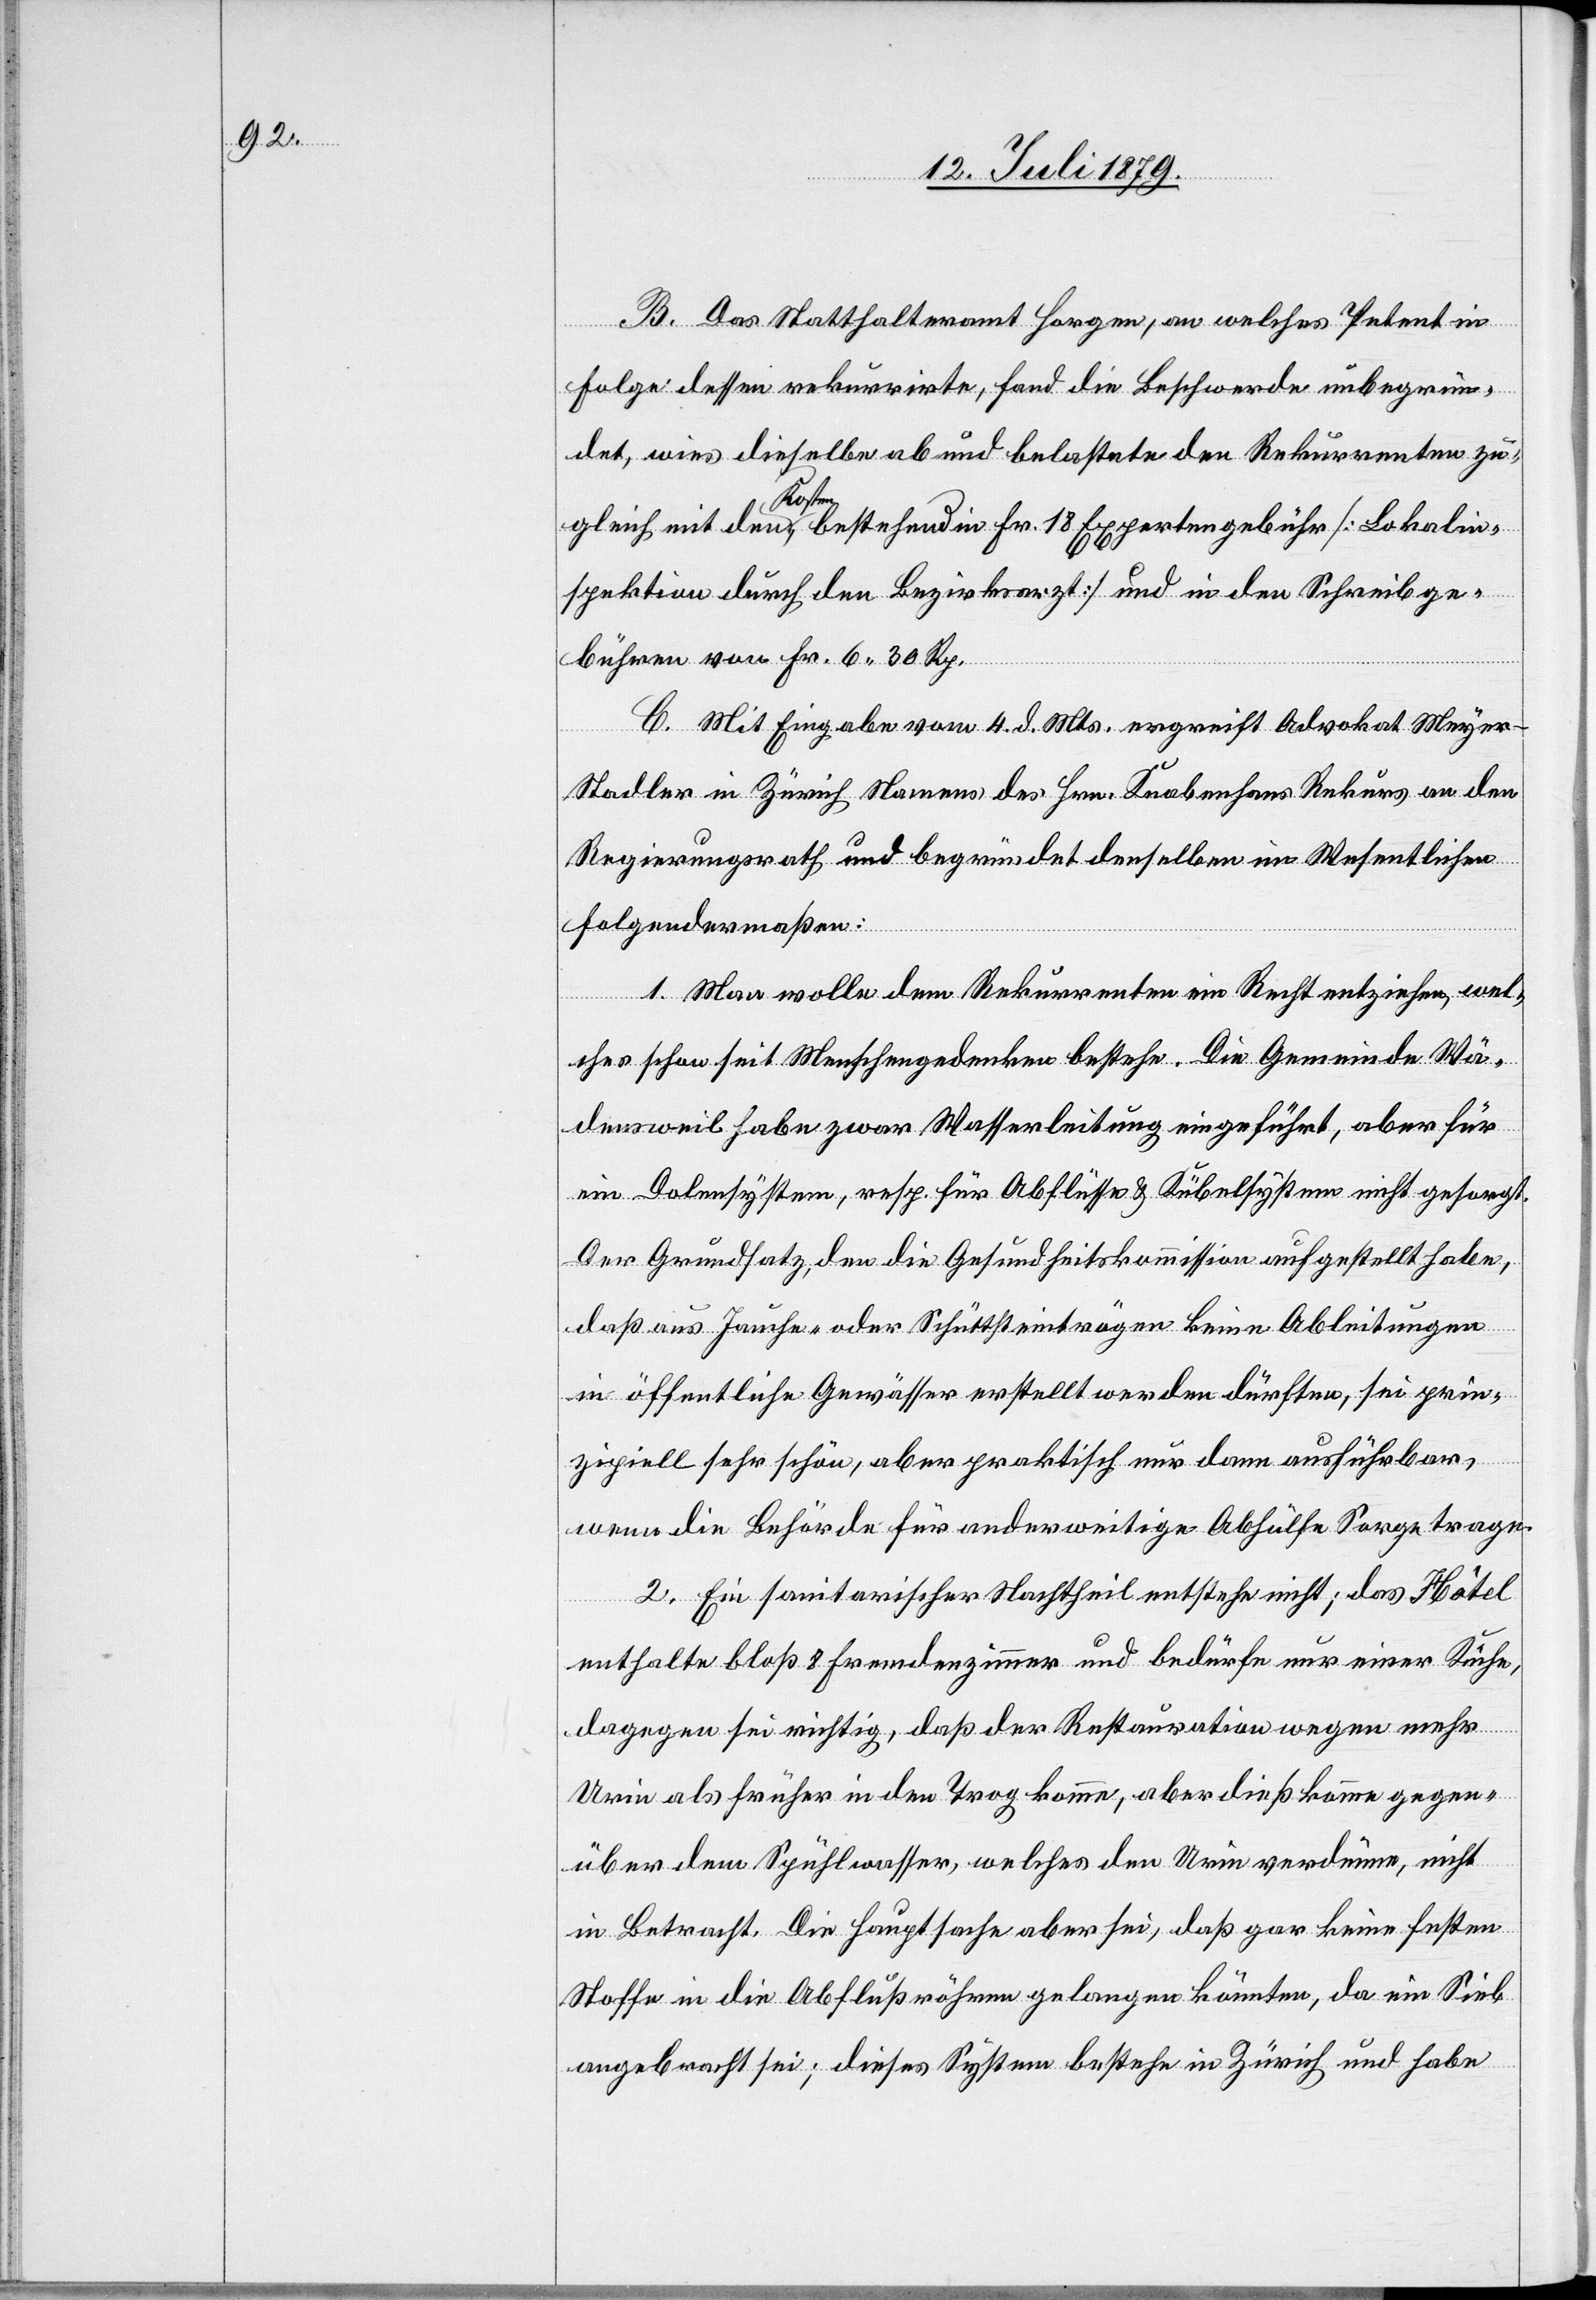
B. Das Statthalteramt Horgen, an welches Petent in
Folge dessen rekurrirte, fand die Beschwerde unbegrün¬
det, wies dieselbe ab und belastete den Rekurrenten zu¬
gleich mit den Kosten, bestehend in Fr. 18 Expertengebühr [Lokalin¬
spektion durch den Bezirksarzt] und in den Schreibge¬
bühren von Fr. 6 30 Rp.
C. Mit Eingabe vom 4. d. Mts. ergreift Advokat Meye¬
r-Stadler in Zürich Namens des Hrn. Knabenhans Rekurs an den
Regierungsrath und begründet denselben im Wesentlichen
folgendermaßen:
1. Man wolle dem Rekurrenten ein Recht entziehen, wel¬
ches schon seit Menschengedenken bestehe. Die Gemeinde Wä¬
densweil habe zwar Wasserleitung eingeführt, aber für
ein Dolensystem, resp. für Abflüsse & Kübelsystem nicht gesorgt.
Der Grundsatz, den die Gesundheitskommission aufgestellt habe,
daß aus Jauche- oder Schüttsteintrögen keine Ableitungen
in öffentliche Gewässer erstellt werden dürften, sei prin¬
zipiell sehr schön, aber praktisch nur dann ausführbar,
wenn die Behörde für anderweitige Abhülfe Sorge trage.
2. Ein sanitarischer Nachtheil entstehe nicht; das Hôtel
enthalte bloß 8 Fremdenzimmer und bedürfe nur einer Küche,
dagegen sei richtig, daß der Restauration wegen mehr
Urin als früher in den Trog komme, aber dieß komme gegen¬
über dem Spühlwasser, welches den Urin verdünne, nicht
in Betracht. Die Hauptsache aber sei, daß gar keine festen
Stoffe in die Abflußröhren gelangen könnten, da ein Sieb
angebracht sei; dieses System bestehe in Zürich und habe